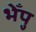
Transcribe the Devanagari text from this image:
भेँपु